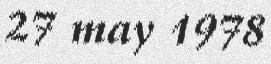
27 may 1978